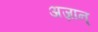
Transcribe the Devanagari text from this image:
अज़ान्